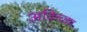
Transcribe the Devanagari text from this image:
अकिच्का